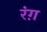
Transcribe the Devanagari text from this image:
रंग़